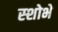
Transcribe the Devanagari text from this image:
स्शोभे